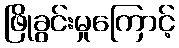
ဖြိုခွင်းမှုကြောင့်